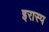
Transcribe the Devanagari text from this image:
इरास्प